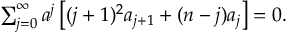
\begin{array} { r } { \sum _ { j = 0 } ^ { \infty } a ^ { j } \left[ ( j + 1 ) ^ { 2 } a _ { j + 1 } + ( n - j ) a _ { j } \right] = 0 . } \end{array}